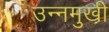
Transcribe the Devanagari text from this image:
उन्‍नमुखी